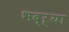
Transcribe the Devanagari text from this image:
भद्‌ऱ्या